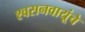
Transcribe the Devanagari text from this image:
श्वसनवायूंचे